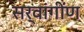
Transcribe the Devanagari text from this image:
सर्वांगींण